Maali_päevik, lk 431
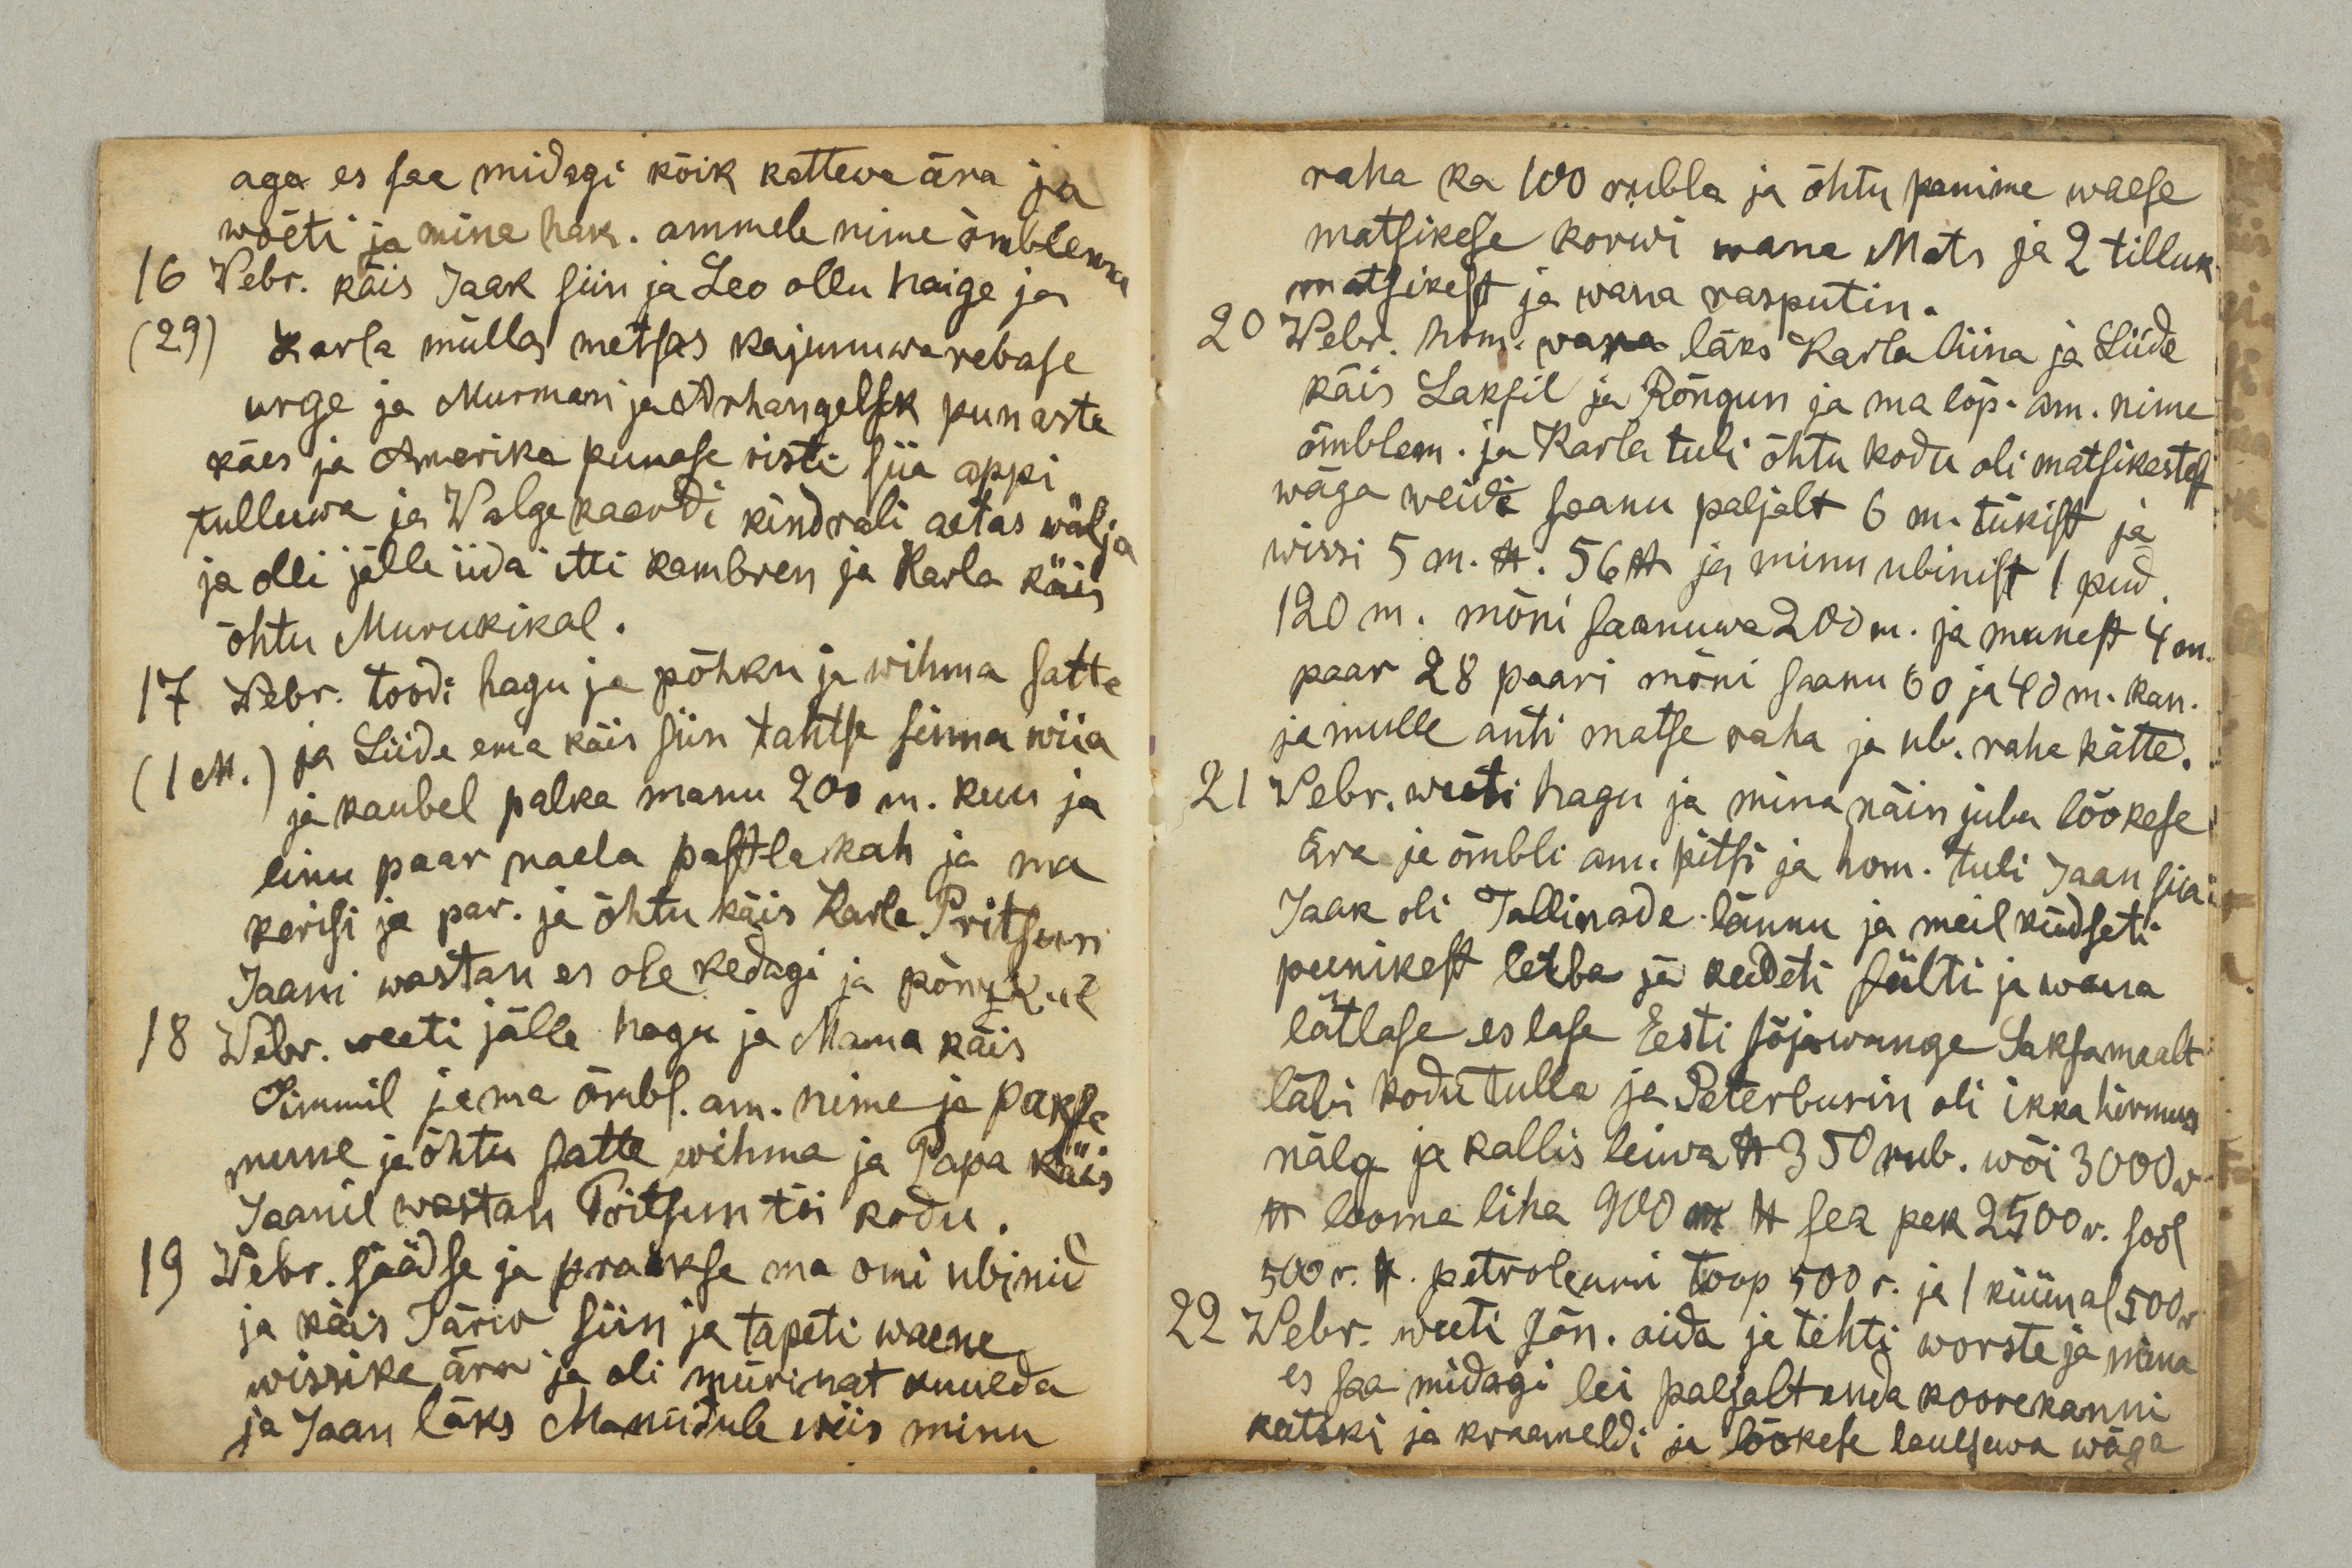
aga es saa midagi kõik kattewa ära ja
wõeti ja mina hak. ammele nime õmblema
16 Webr. käis Jaak siin ja Leo ollu haige ja
(29) Karla müllas metsas kajunuwa rebase
urge ja Murmans ja Arhangelsk punaste
käes ja Amerika punase risti siia appi
tulluwa ja Walgekaardi kindrali aitas wälja
ja olli jälle iida itti kambren ja Karla käis
õhtu Murukikal.
17 Webr. toodi hagu ja põhku ja wihma satte
(1 M.) ja Liide ema käis siin tahtse sinna wiia
ja kaubel palka manu 200 m. kuu ja
linu paar naela pastla kah ja ma
kerisi ja par. ja õhtu käis Karla Pritsun
Jaani wastan es ole kedagi ja põnzkul
18 Webr. weeti jälle hagu ja Mama käis
Simmil ja ma õmbl. am. nime ja pakse
mune ja õhtu satte wihma ja Papa käis
Jaanil wastan Pritsun tõi kodu.
19 Webr. säädse ja praakse ma omi ubinid
ja käis Järw siin ja tapeti waene
wissike ära ja oli mürinat kuulda
ja Jaan läks Maniidule wiis minu

raha ka 100 rubla ja õhtu panime waese
matsikese korwi wana Mats ja 2 tilluk
matsikest ja wana rasputin.
20 Webr. hom. wara läks Karla liina ja Liide
käis Laksil ja Rõngun ja ma lõp. am. nime
õmblem. ja Karla tuli õhtu kodu oli matsikestest
wäga weidi saanu paljalt 6 m. tükist ja
wissi 5 m. lb. 56 lb ja minu ubinist 1 pud.
120 m. mõni saanuwa 200 m. ja munest 4 m.
paar 28 paari mõni saanu 60 ja 40 m. kan.
ja mulle anti matse raha ja ub. raha kätte.
21 Webr. weeti hagu ja mina näin juba lõokese
ära ja õmbli am. pitsi ja hom. tuli Jaan siia
Jaak oli Tallinade lännu ja meil küdseti
peenikest leiba ja keedeti sülti ja wana
lätlase es lase Eesti sõjawäge Saksamaalt
läbi kodu tulla ja Peterburin oli ikka hirmus
nälg ja kallis leiwa lb 350 rub. wõi 3000 r
lb looma liha 900 r. lb sea pek 2500 r. sool
500 r. lb petroleumi toop 500 r. ja 1 küünal 500 r.
22 Webr. weeti sõn. aida ja tehti worste ja mina
es saa midagi lei paljalt enda koorekanni
katski ja kraameldi ja lõokese laulsewa wäga